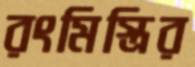
রংমিস্ত্রির